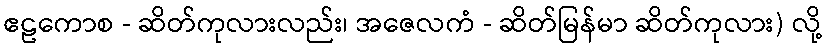
ဧဠကောစ - ဆိတ်ကုလားလည်း၊ အဇေလကံ - ဆိတ်မြန်မာ ဆိတ်ကုလား) လို့